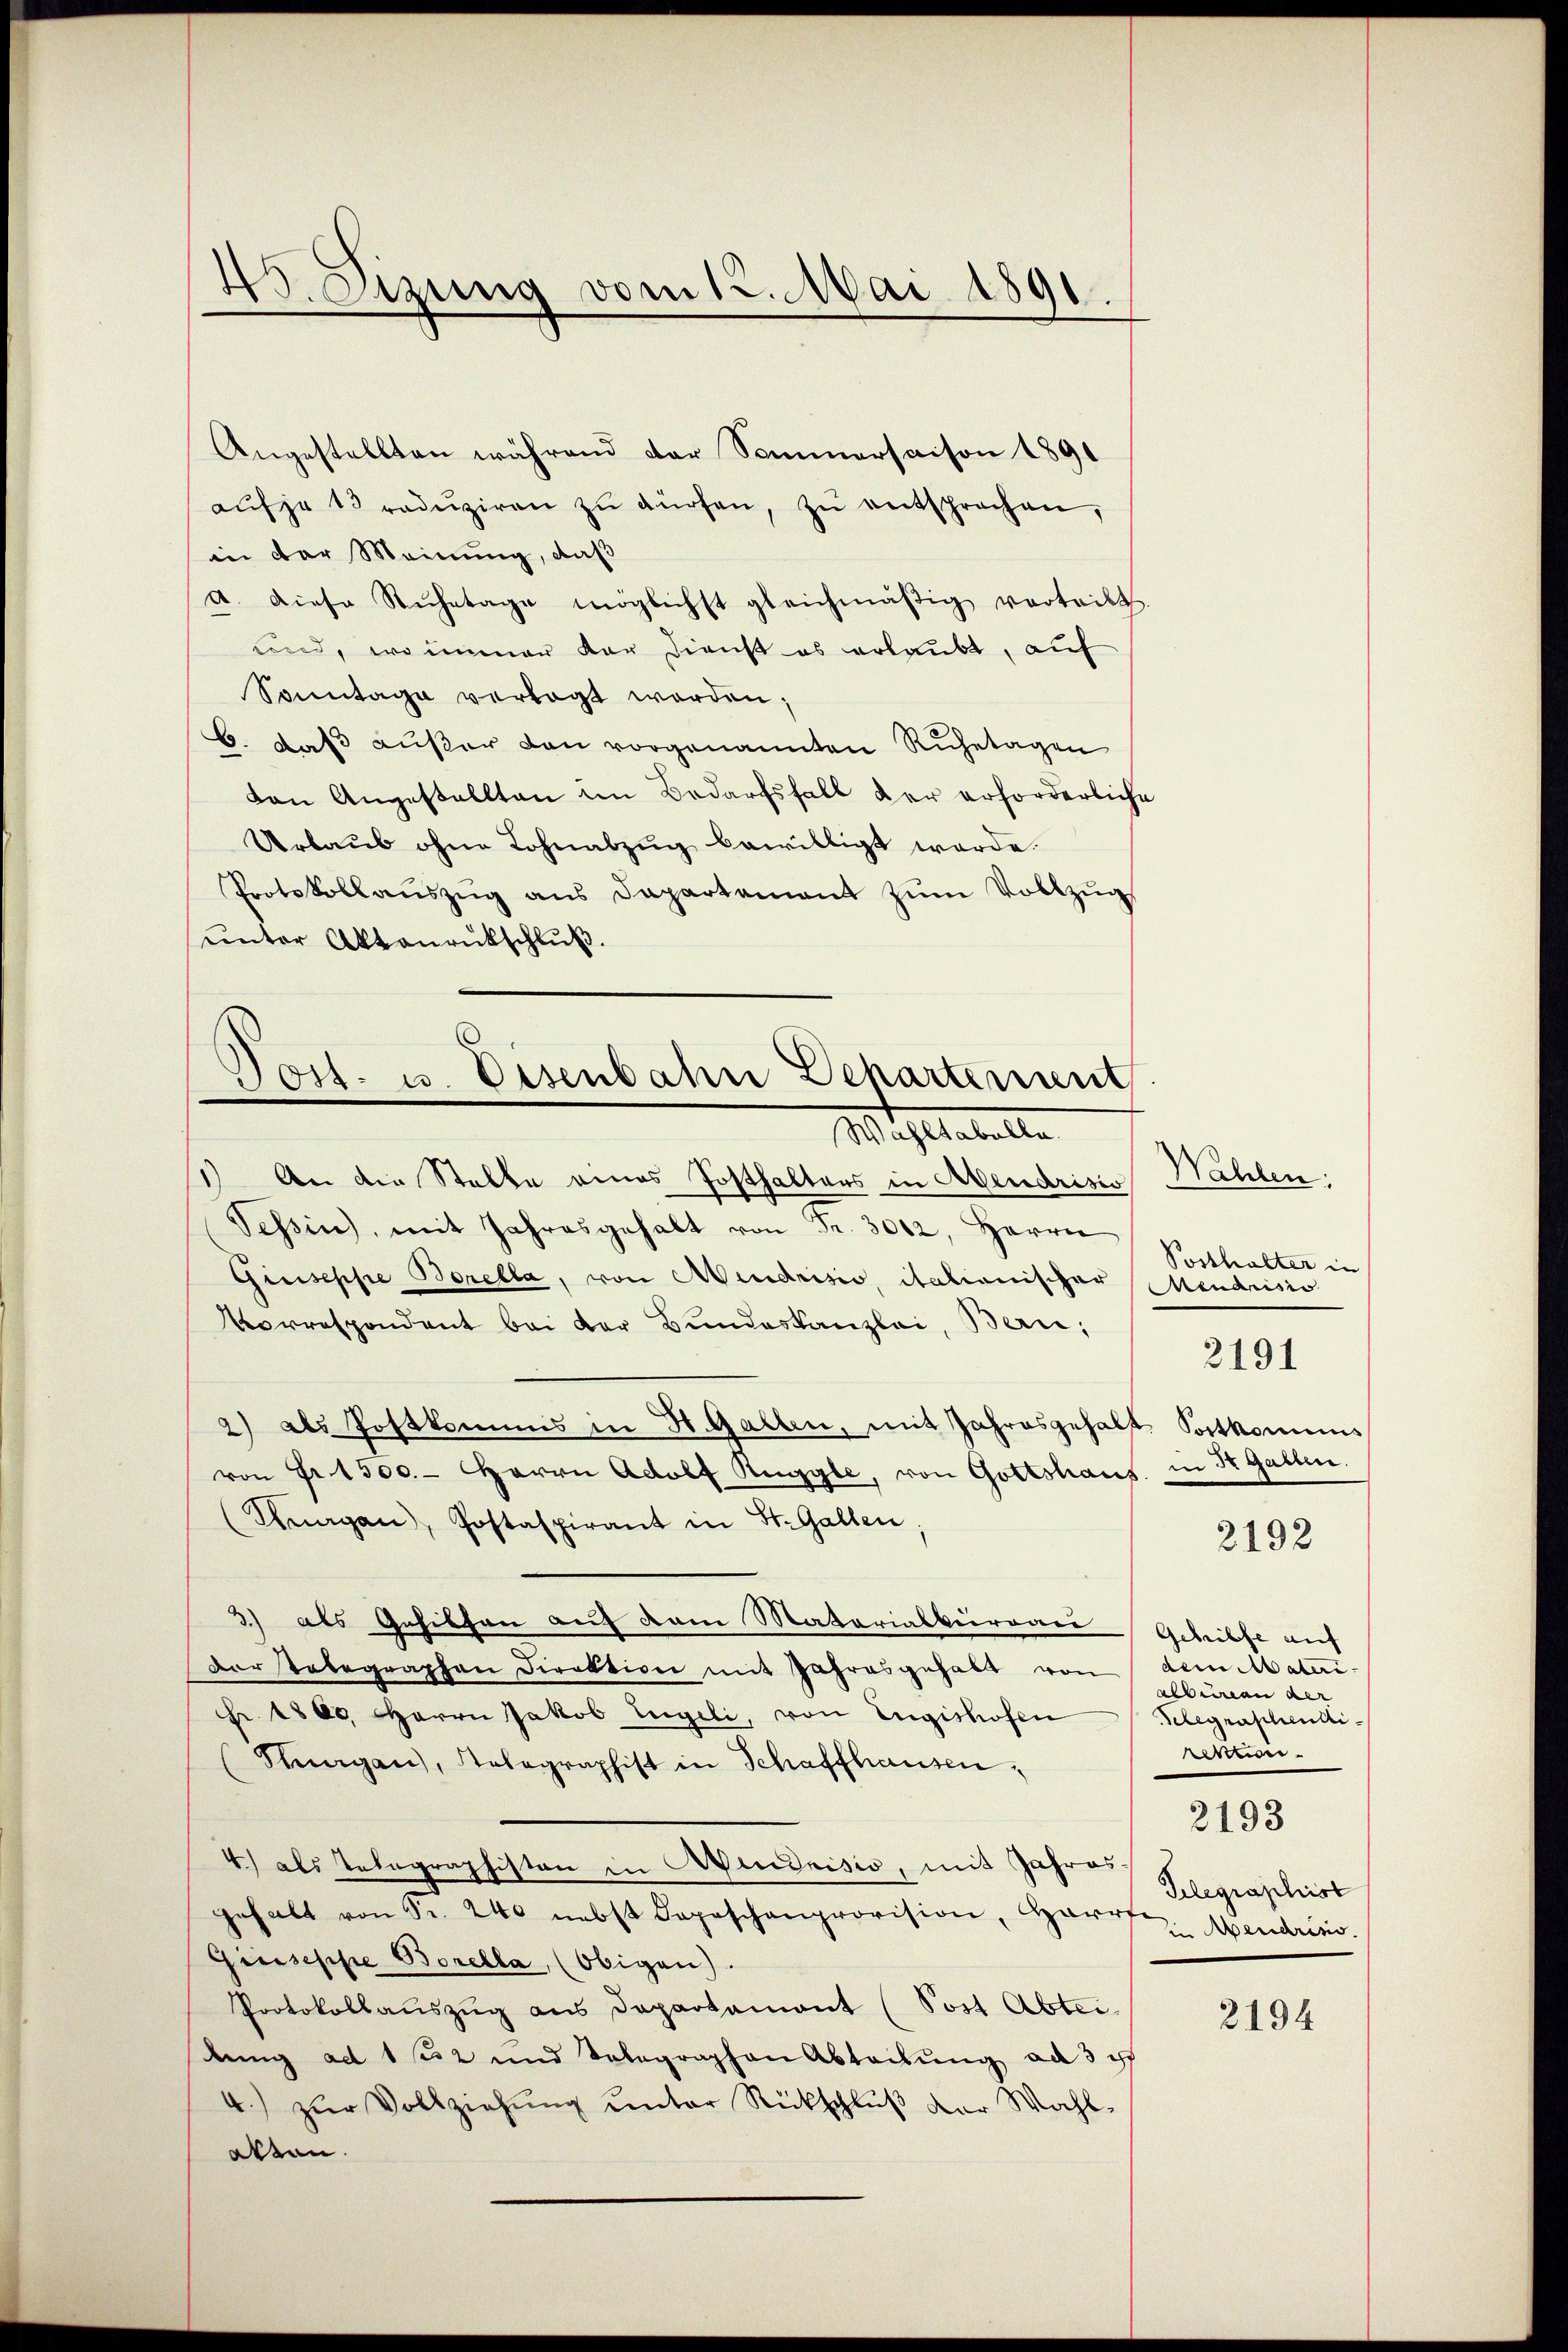
45. Sizung vom 12. Mai 1891

Angestellten während der Sommersaison 1891
aŭfja 13 redŭziren zŭ dürfen, zŭ entsprochen,
in der Meinung, daß
a. Diese Ruhetage möglichst gleichmäßig verteilt
und, wo immer dar Dienst es erlaubt, auf
Sonntage verlegt worden;
6. daß außer den vorgenannten Ruhetagen
den Angestellten im Bedarfsfall der erforderlich
Urlaub ohne Lohnabzug bewilligt werde.
Protokollaŭszŭg ans Dapartement zŭm Vollzŭg
unter Aktenrückschluß.
Wahltabella.
1) An die Stelle eines Posthalters in Abendrisis
Tessin, mit Jahresgehalt von Fr. 3042, Herrn
Giuseppe Borella, von Mendrisio, italienischer
Vorrespondent bei der Bundeskanzlei, Ban;
2) als Postkommis in H. Gallen, mit Jahresgehalt Sortkomis
von Fr. 1500.- Herrn Adolf Ruggle, von Gottshaus in St. Gallen.
(Anagan, Postaspirant in St. Gallen,
3) als Gesichen auf dem Materialberraie
dar telegraphen Direktion mit Jahresgehalt von
Fr. 1808, Herrn Jakob Engeli, von Engishofen
Steagan, Solographist in Schaffhausen,
4) als Telegraphisten in Mendrisio, mit Jahres.
gehalt von Sr. 240 nebst Depeschanprovision, Harrte
Giuseppe Borella, (Obigen).
Protokollauszug aus Departamant (Post Abtei.
lung ad 1 52 und Telegraphen Abtaŭŭng ad 3 e
4.) zŭr Vollziehŭng ŭnter Rückschlŭβ der Wahl-
atten.

Post. u. Eisenbahn Departement

Wahlen:
Posthalter in
Meuarisio
2191
2192

Gehilfe auf
dem Materi- |
albeman der
Telegraschentirektion
2193
Telegraphist
in Mendriss.

2194